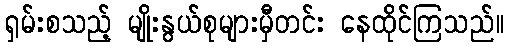
ရှမ်းစသည့် မျိုးနွယ်စုများမှီတင်း နေထိုင်ကြသည်။